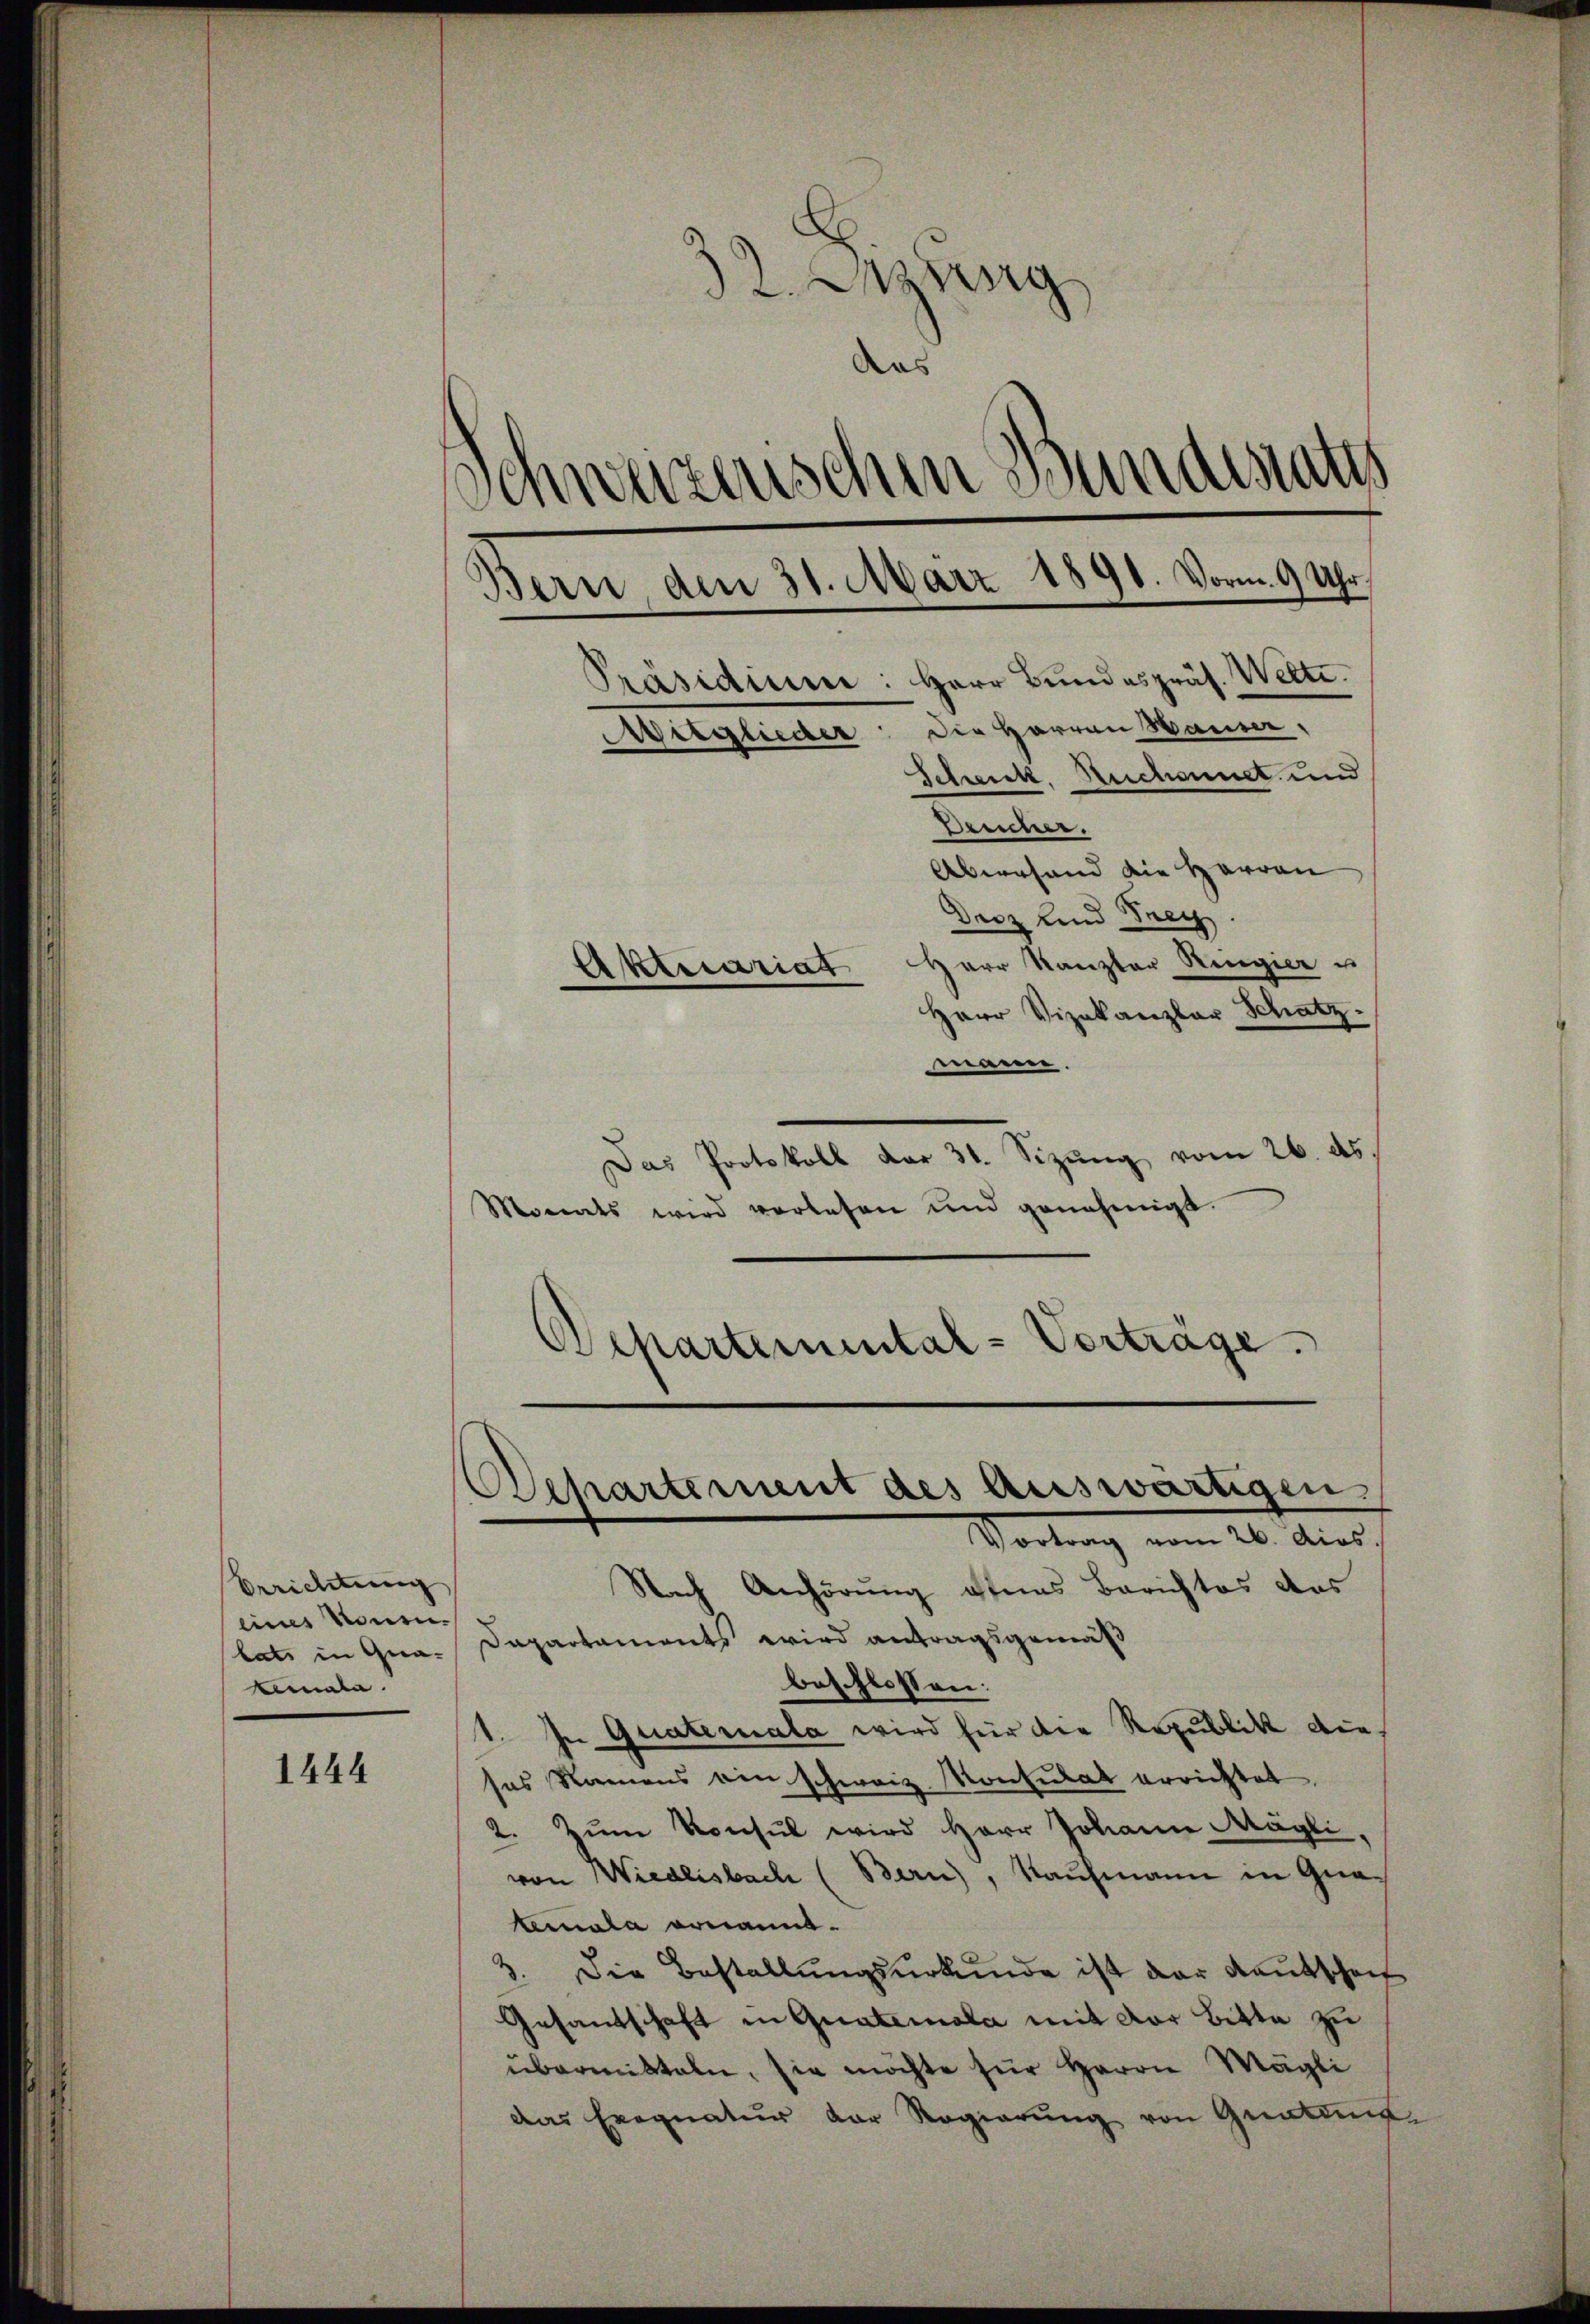
Errichtung
eines nonen.
lats in Qua-
eimala

1444

Mung
das
Schweizerischen Bundestatis
Bern, den 31. März 1891. Vorm. 9 Uhr,
Präsidium: Herr Bundespräs. Wette.
Mitglieder: Die Herren Hauser,
Schenk, Ruchoumet und
Dreicher.

Aberhand die Harran
Derz und Frey.
Aktecariat Herr Kanzler Ringier u
Herr Vizekanzlar Schatz.
mann.
Das Protokoll dar 31. Sizung vom 26. ds.
Monats wird verlesen und genehmigt.
Departemental-Verträge.

Separtement des Auswärtigen.
Vortrag vom 26. dies

Nach Anhörung offens Berichtes des
Dapartaments wird antragsgemäß
beschlossen:
1. In Quateriala wird für die Republik diesas Namens ein schweiz. Konsulat errichtet.
2. Zum Konsul wird Herr Johann Mögli
von Wiedlisbach (Bern, Kaufmann in Gnalemala ornannt.
3. Die Bestellungsurkunde ist der Kautscheit
Gesandschaft in Quaterala mit der Bitte zu
übermitteln, sie möchte für Herrn Mögli
das Exequatur der Regierŭng von Gratung